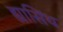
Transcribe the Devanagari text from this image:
ह्यासिंथ